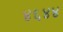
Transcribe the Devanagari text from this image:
४६४४